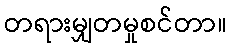
တရားမျှတမှုစင်တာ။